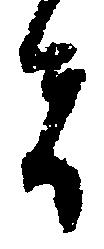
者